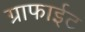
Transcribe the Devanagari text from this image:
ग्राफाईट